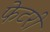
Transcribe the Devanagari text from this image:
फेटरी